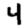
Digit: 4